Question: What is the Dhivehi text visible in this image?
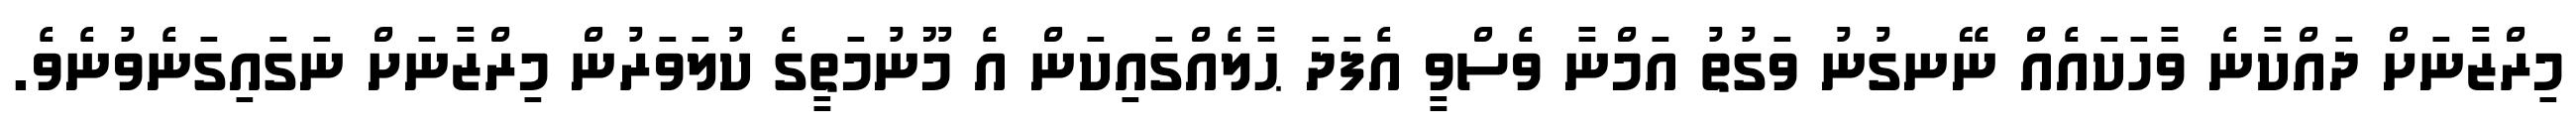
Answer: މިރްޒާނަށް ދައްކާނެ ވާހަކައެއް ނޭނގުނު ވަގުތު އަމްނާ ވެސްވީ އެފަދަ ޙާލެއްގައިކަން އެ މޫނުމަތީގެ ކުލަވަރުން މިރްޒާނަށް ނަގައިގަނެވުނެވެ.